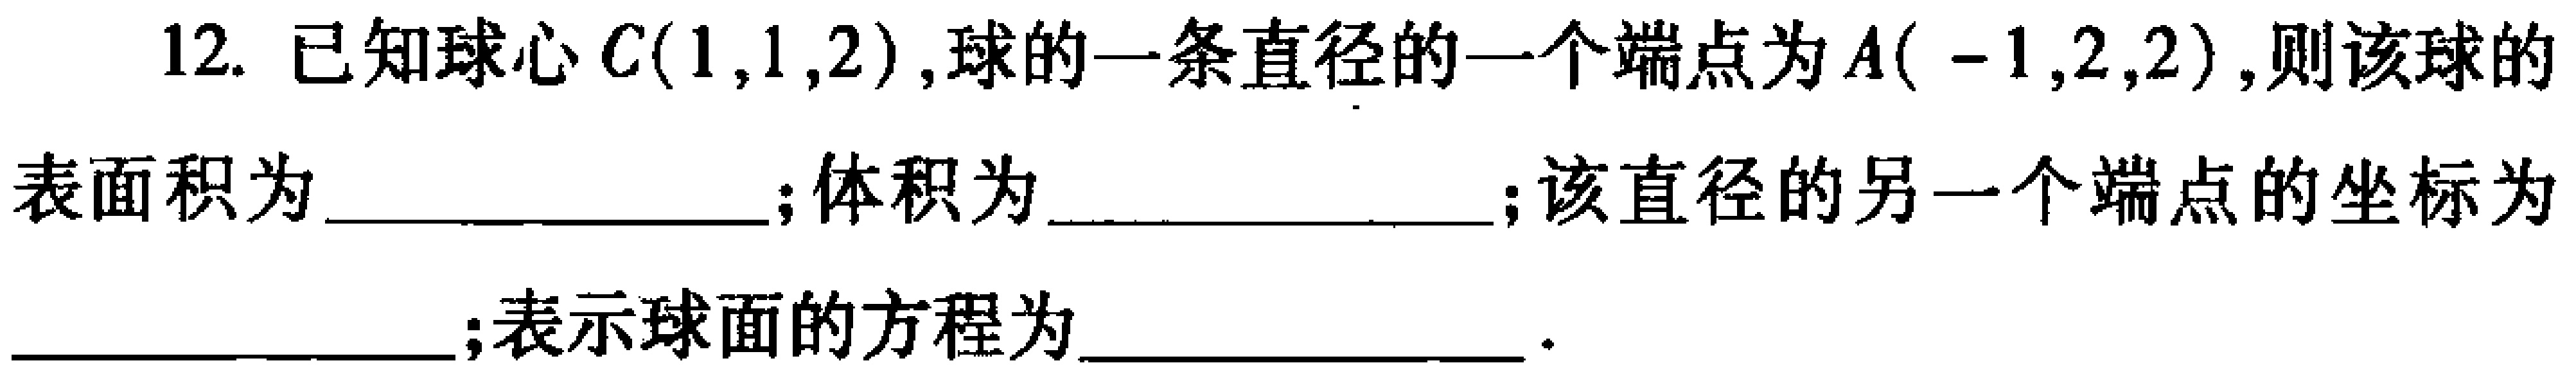
12. 已知球心\(C(1,1,2)\)，球的一条直径的一个端点为\(A(-1,2,2)\)，则该球的

表面积为  ；体积为  ；该直径的另一个端点的坐标为

  ；表示球面的方程为  ．